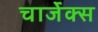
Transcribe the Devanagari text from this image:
चार्जेक्स